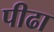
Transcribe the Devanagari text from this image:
पीढा